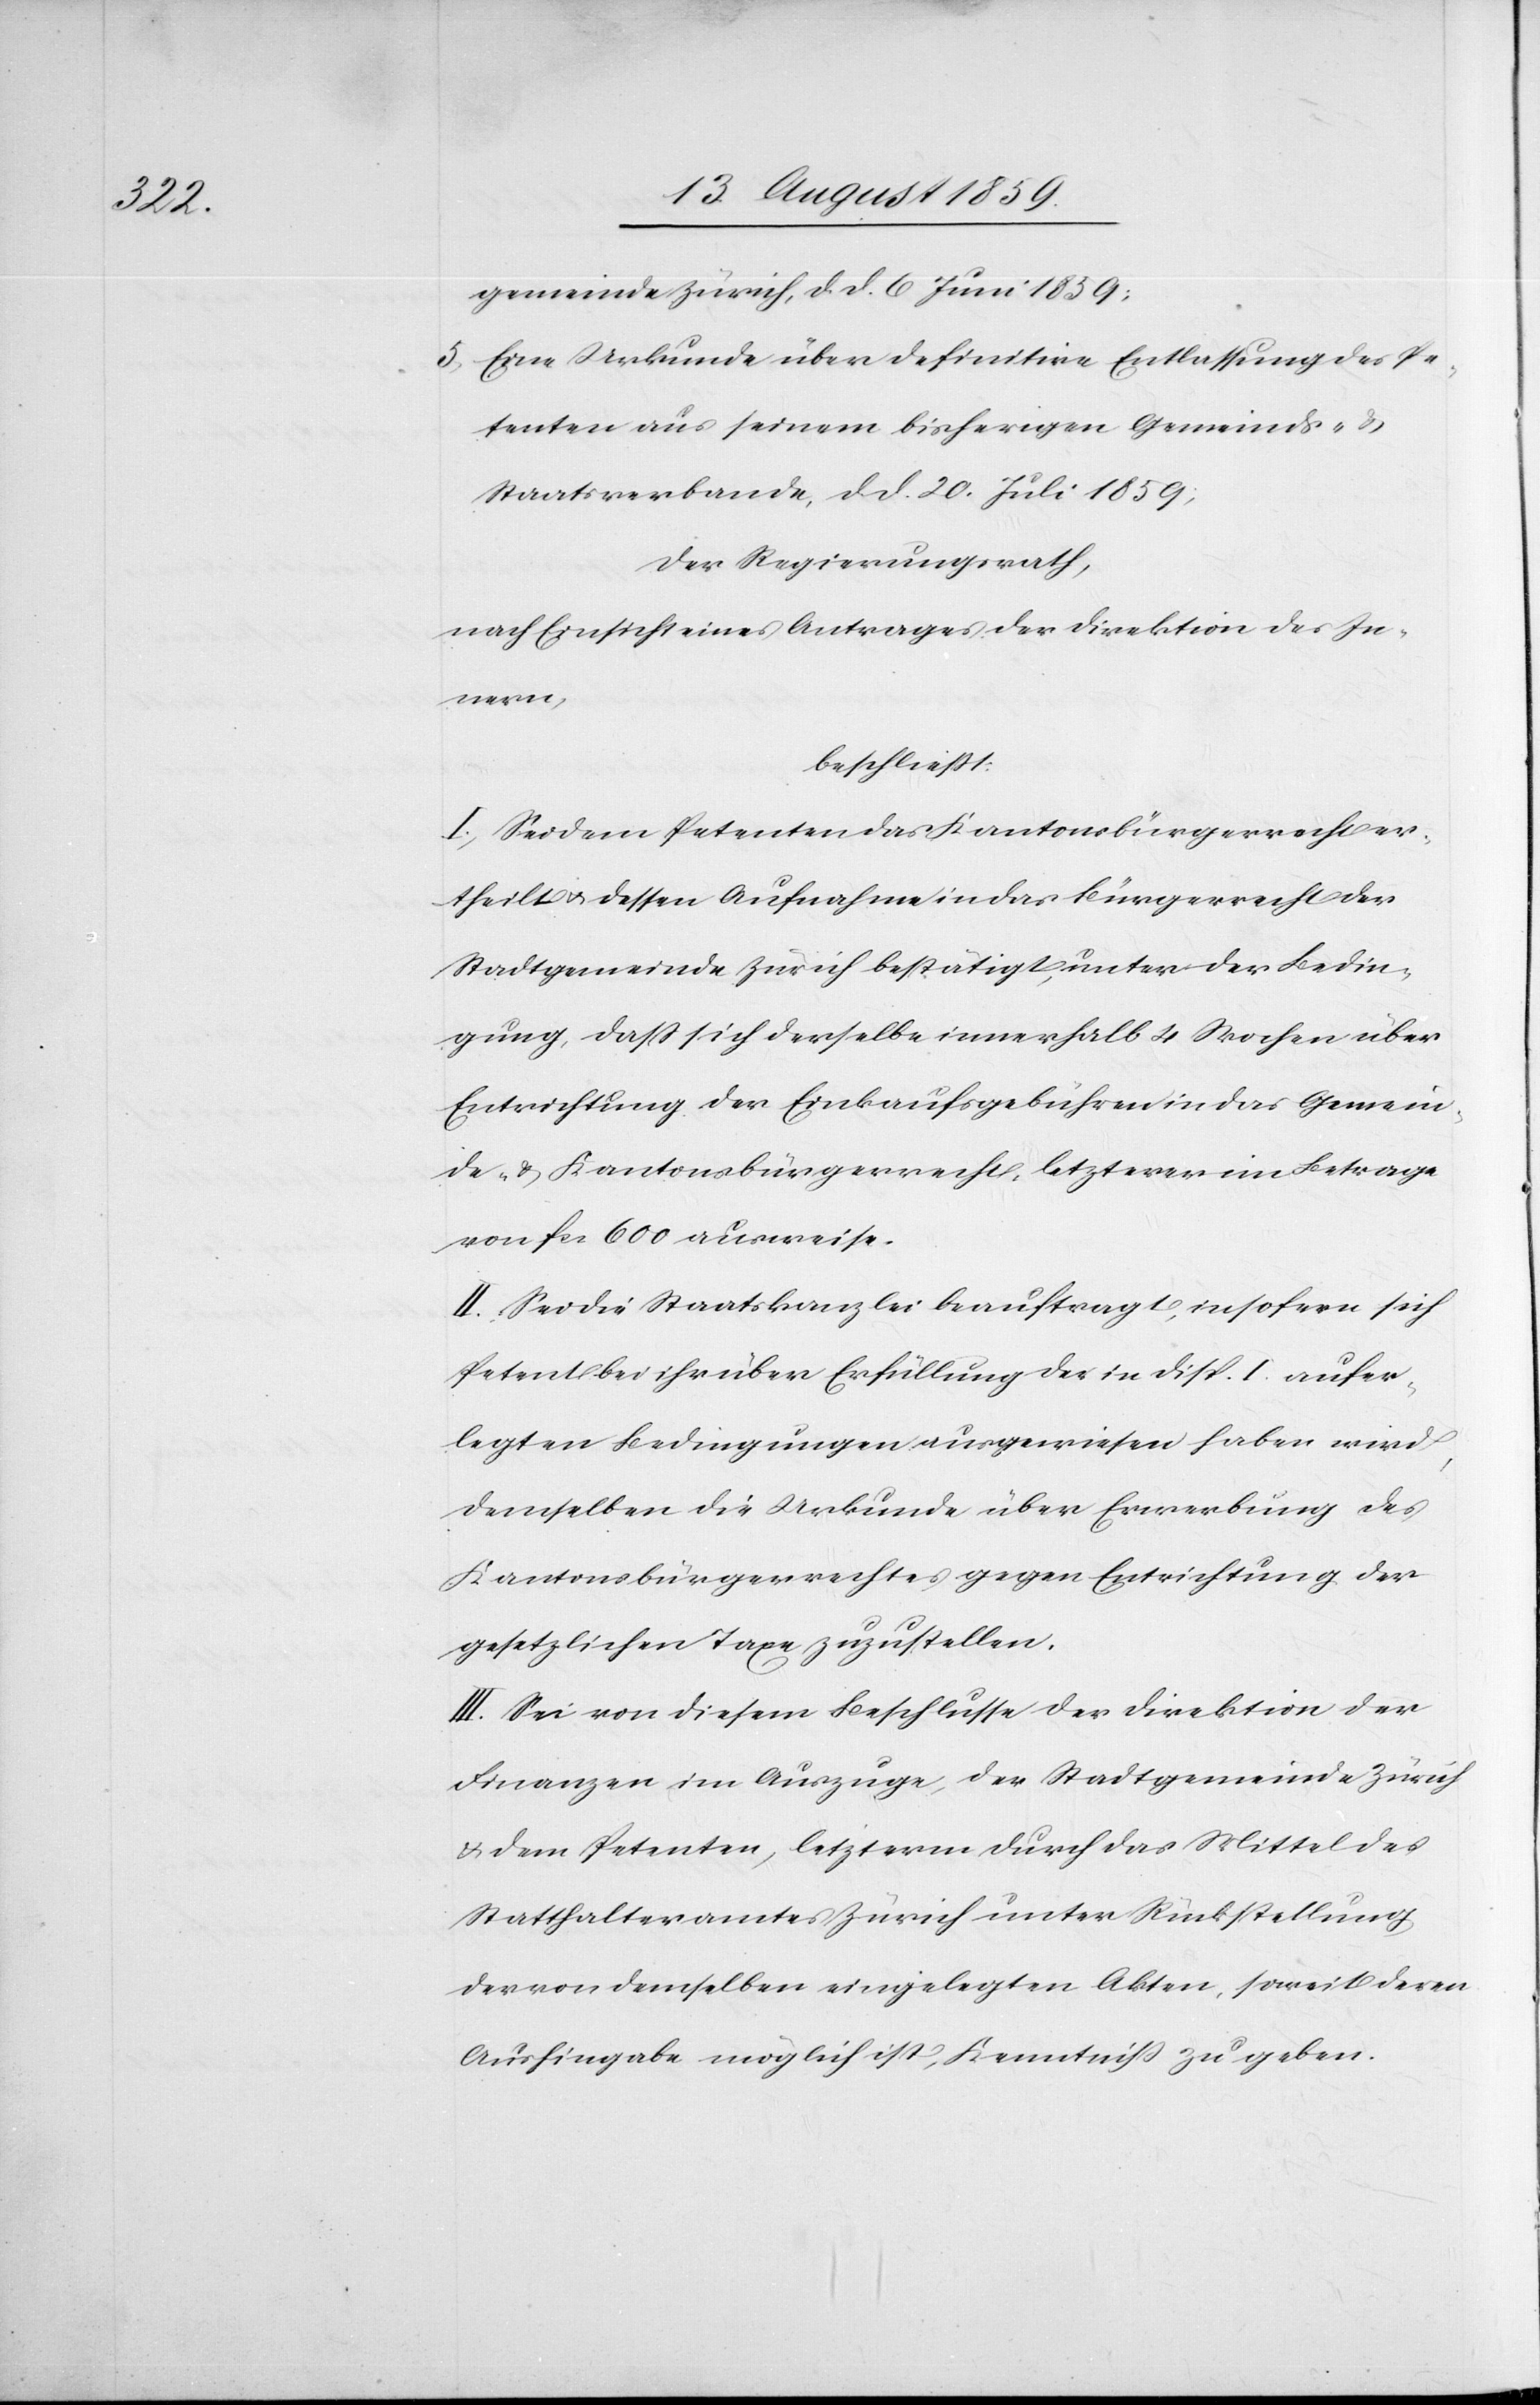
gemeinde Zürich, d. d. 6. Juni 1859;
5. Eine Urkunde über definitive Entlassung des Pe¬
tenten aus seinem bisherigen Gemeinds- u.
Staatsverbande, d. d. 20. Juli 1859;
der Regierungsrath,
nach Einsicht eines Antrages der Direktion des In¬
nern,
beschließt:
I. Sei dem Petenten das Kantonsbürgerrecht er¬
theilt u. dessen Aufnahme in das Bürgerrecht der
Stadtgemeinde Zürich bestätigt, unter der Bedin¬
gung, daß sich derselbe innerhalb 4 Wochen über
Entrichtung der Einkaufsgebühren in das Gemein¬
de- u. Kantonsbürgerrecht, letzterer im Betrage
von fcs. 600 ausweise.
II. Sei die Staatskanzlei beauftragt, insofern sich
Petent bei ihr über Erfüllung des in Disp. I. aufer¬
legten Bedingungen ausgewiesen haben wird,
demselben die Urkunde über Erwerbung des
Kantonsbürgerrechtes gegen Entrichtung der
gesetzlichen Taxe zuzustellen.
III. Sei von diesem Beschlusse der Direktion der
Finanzen im Auszuge, der Stadtgemeinde Zürich
u. dem Petenten, letzterm durch das Mittel des
Statthalteramtes Zürich unter Rückstellung
der von demselben eingelegten Akten, soweit deren
Aushingabe möglich ist, Kenntniß zu geben.